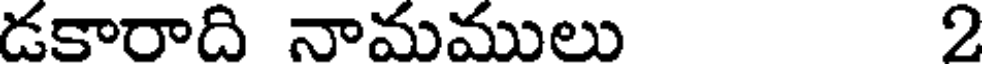
డకారాది నామములు 2